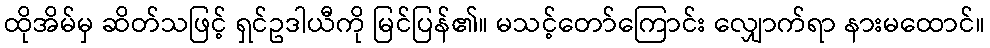
ထိုအိမ်မှ ဆိတ်သဖြင့် ရှင်ဥဒါယီကို မြင်ပြန်၏။ မသင့်တော်ကြောင်း လျှောက်ရာ နားမထောင်။